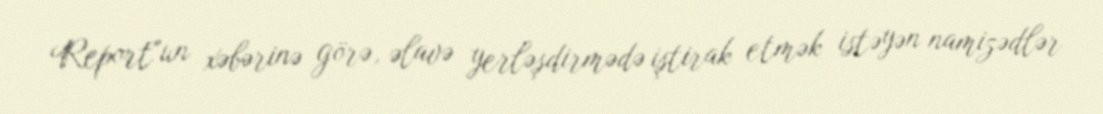
Report"un xəbərinə görə, əlavə yerləşdirmədə iştirak etmək istəyən namizədlər